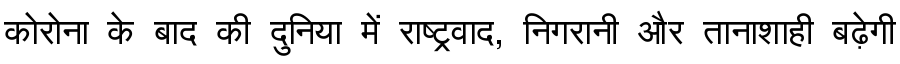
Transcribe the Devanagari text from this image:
कोरोना के बाद की दुनिया में राष्ट्रवाद, निगरानी और तानाशाही बढ़ेगी